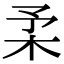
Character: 𣏗